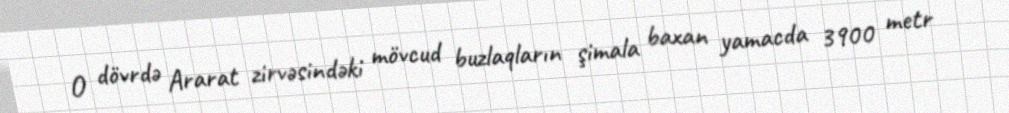
O dövrdə Ararat zirvəsindəki mövcud buzlaqların şimala baxan yamacda 3900 metr